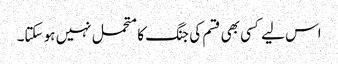
اس لیے کسی بھی قسم کی جنگ کا متحمل نہیں ہو سکتا۔